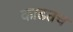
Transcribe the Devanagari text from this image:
काढतच